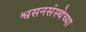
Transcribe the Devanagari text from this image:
श्वसनसंस्थेच्या